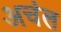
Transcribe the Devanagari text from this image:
अचंल